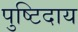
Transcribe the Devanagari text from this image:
पुष्टिदाय